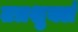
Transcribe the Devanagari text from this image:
तत्रशुक्लं